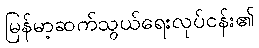
မြန်မာ့ဆက်သွယ်ရေးလုပ်ငန်း၏